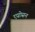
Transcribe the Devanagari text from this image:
एग्रोसन